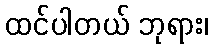
ထင်ပါတယ် ဘုရား၊